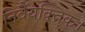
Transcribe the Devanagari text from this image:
निर्वैयक्तिक।